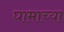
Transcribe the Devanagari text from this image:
घामाच्या